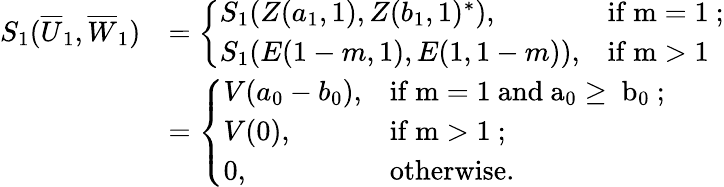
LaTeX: \begin{array}{rl}{S_{1}(\overline{{U}}_{1},\overline{{W}}_{1})}&{=\left\{ \begin{array}{ll}{S_{1}(Z(a_{1},1),Z(b_{1},1)^{*}),}&{\mathrm{if~m=1~;}}\\ {S_{1}(E(1-m,1),E(1,1-m)),}&{\mathrm{if~m>1~}}\end{array}\right.}\\ &{=\left\{ \begin{array}{ll}{V(a_{0}-b_{0}),}&{\mathrm{if~m=1~and~a_0\geq~b_0~;}}\\ {V(0),}&{\mathrm{if~m>1~};}\\ {0,}&{\mathrm{otherwise.}}\end{array}\right.}\end{array}